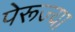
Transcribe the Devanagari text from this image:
पेरूज्या